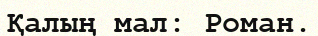
Қалың мал: Роман.